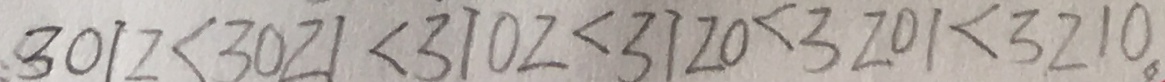
3 0 1 2 < 3 0 2 1 < 3 1 0 2 < 3 1 2 0 < 3 2 0 1 < 3 2 1 0 。